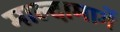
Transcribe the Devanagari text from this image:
माल्दामार्गे